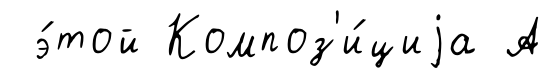
э́той Композ'и́циjа А